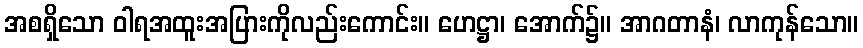
အစရှိသော ဝါရအထူးအပြားကိုလည်းကောင်း။ ဟေဋ္ဌာ၊ အောက်၌။ အာဂတာနံ၊ လာကုန်သော။